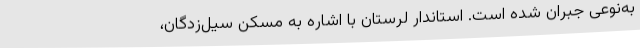
به‌نوعی جبران شده است. استاندار لرستان با اشاره به مسکن سیل‌زدگان،